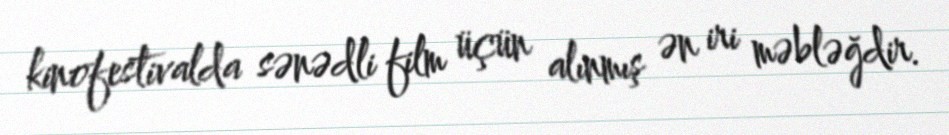
kinofestivalda sənədli film üçün alınmış ən iri məbləğdir.